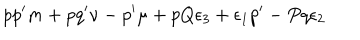
p p ^ { \prime } m + p q ^ { \prime } \nu - p ^ { \prime } \mu + p Q \epsilon _ { 3 } + \epsilon _ { 1 } p ^ { \prime } - P q \epsilon _ { 2 }